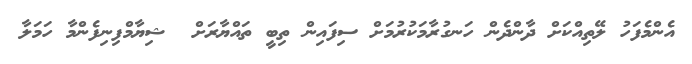
އެންމެފަހު ލޭތިއްކަށް ދާންދެން ހަނގުރާމަކުރުމަށް ސިފައިން ތިބީ ތައްޔާރަށް  ޝިޔާމްފިނިފެންމާ ހަމަލާ